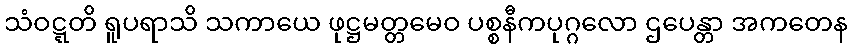
သံဝဋ္ဋတိ ရူပရာသိ သကာယေ ဖုဋ္ဌမတ္တမေဝ ပစ္စနီကပုဂ္ဂလော ဌပေန္တာ အကတေန